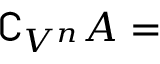
\complement _ { V ^ { n } } A =